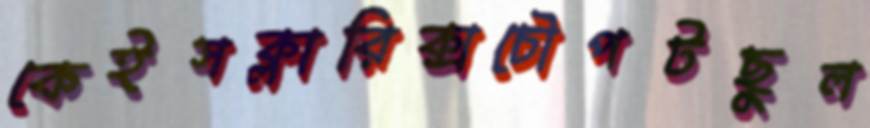
কেইসক্লারিক্সচৌপটছুল